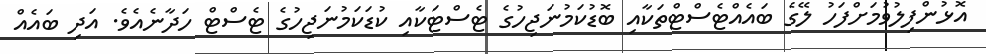
އޮޅުންފިލުވުމަށްފަހު ލޭގެ ބައެއްޓެސްޓްތަކާއި ބޮޑުކަމުނަޖިހުގެ ޓެސްޓަކާއި ކުޑަކަމުނަޖިހުގެ ޓެސްޓް ހަދާނެއެވެ. އަދި ބައެއް